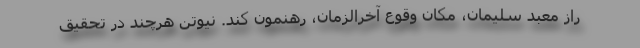
راز معبد سلیمان، مکان وقوع آخرالزمان، رهنمون کند. نیوتن هرچند در تحقیق